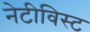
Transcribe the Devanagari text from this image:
नेटीविस्ट